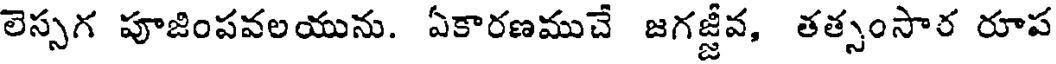
లెస్సగ పూజింపవలయును. ఏకారణముచే జగజ్జీవ, తత్సంసార రూప